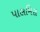
પાલમિરા